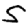
Digit: 5